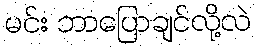
မင်း ဘာပြောချင်လို့လဲ